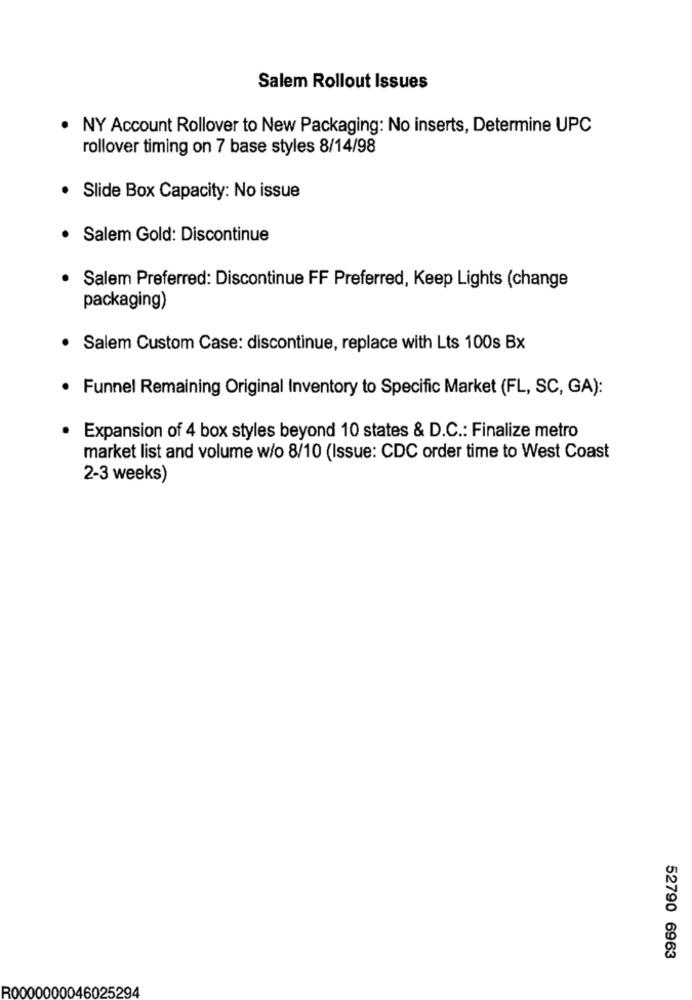
Salem Rollout Issues
· NY Account Rollover to New Packaging: No inserts, Determine UPC
rollover timing on 7 base styles 8/14/98
· Slide Box Capacity: No issue
· Salem Gold: Discontinue
· Salem Preferred: Discontinue FF Preferred, Keep Lights (change
packaging)
· Salem Custom Case: discontinue, replace with Lts 100s Bx
· Funnel Remaining Original Inventory to Specific Market (FL, SC, GA):
· Expansion of 4 box styles beyond 10 states & D.C .: Finalize metro
market list and volume w/o 8/10 (Issue: CDC order time to West Coast
2-3 weeks)
52790 6963
R0000000046025294